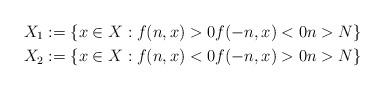
LaTeX: \begin{align*}X_1 &:= \{x\in X : f(n,x)>0f(-n,x) < 0n> N\}\quad\\X_2 &:= \{x\in X : f(n,x)<0f(-n,x) > 0n> N\}\end{align*}